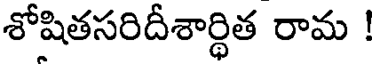
శోషితసరిదీశార్థిత రామ !